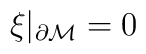
\xi \vert_{\partial{\cal M}}=0